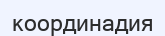
координадия